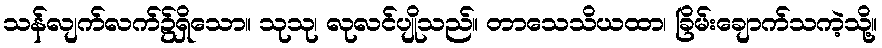
သန်လျက်လက်၌ရှိသော။ သုသု၊ လုလင်ပျိုသည်။ တာသေသိယထာ၊ ခြိမ်းချောက်သကဲ့သို့။